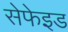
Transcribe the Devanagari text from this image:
सेफेइड